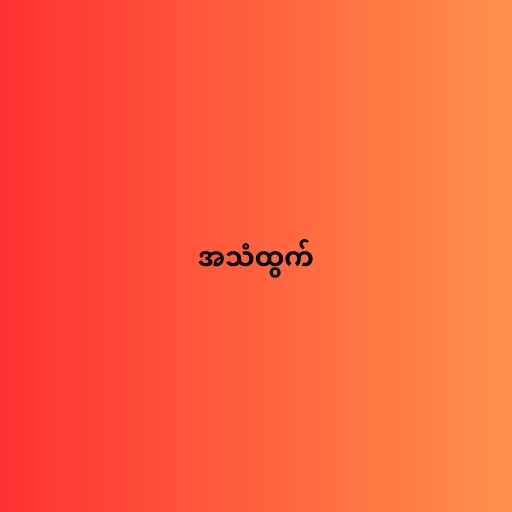
အသံထွက်